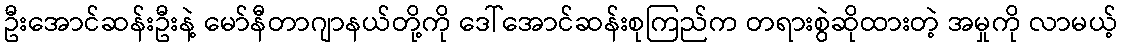
ဦးအောင်ဆန်းဦးနဲ့ မော်နီတာဂျာနယ်တို့ကို ဒေါ်အောင်ဆန်းစုကြည်က တရားစွဲဆိုထားတဲ့ အမှုကို လာမယ့်